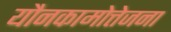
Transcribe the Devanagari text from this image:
यौनकामोत्तेजना